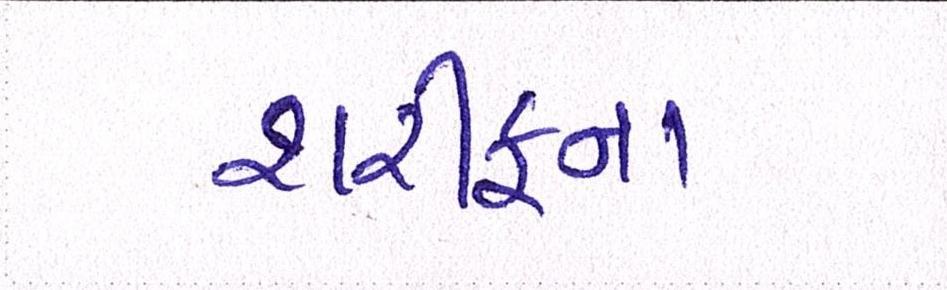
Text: શરીફના